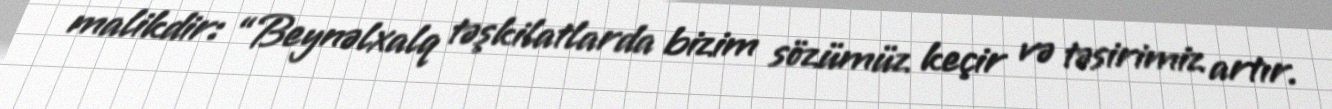
malikdir: “Beynəlxalq təşkilatlarda bizim sözümüz keçir və təsirimiz artır.